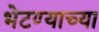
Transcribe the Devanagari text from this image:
भेटण्याच्या